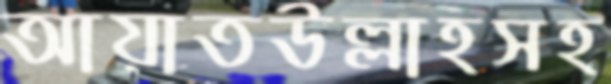
আয়াতউল্লাহসহ